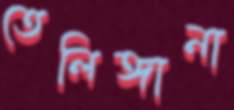
তেলিঙ্গানা